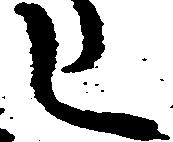
し